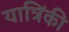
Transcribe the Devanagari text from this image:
यात्रिंकी